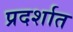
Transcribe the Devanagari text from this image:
प्रदर्शात